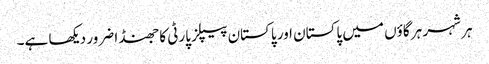
ہر شہر ہر گاؤں میں پاکستان اور پاکستان پیپلز پارٹی کا جھنڈا ضرور دیکھا ہے۔